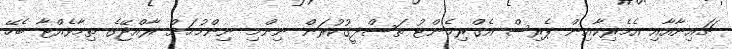
ޗައިނާއާއި އެމެރިކާއިން ޕެރިސް އެގްރިމެންޓު ތަސްދީގުކުރަން ނިންމި ނިންމުމަށް ރާއްޖޭގެ ތިމާވެއްޓާ ބެހޭ